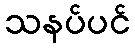
သနပ်ပင်